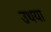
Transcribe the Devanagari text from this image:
उथया